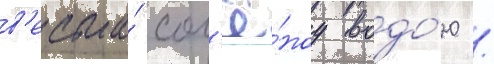
в'есьма́ сол'ё́ноу водо́ю /